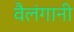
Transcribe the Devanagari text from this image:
वैलंगानी